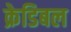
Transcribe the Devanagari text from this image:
क्रेडिबल